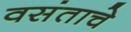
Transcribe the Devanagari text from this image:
वसंताचे